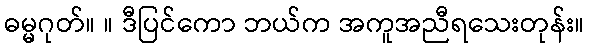
ဓမ္မဂုတ်။ ။ ဒီပြင်ကော ဘယ်က အကူအညီရသေးတုန်း။